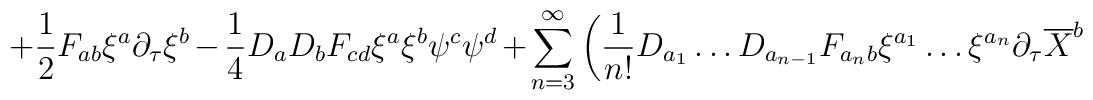
+ \frac{1}{2}F_{ab} \xi^a \partial_{\tau} \xi^b-\frac{1}{4} D_a D_b F_{cd} \xi^a\xi^b \psi^c \psi^d + \sum_{n=3}^{\infty} \left( \frac{1}{n!} D_{a_1} \ldots D_{a_{n-1}}F_{{a_n}b} \xi^{a_1} \ldots \xi^{a_n} \partial_{\tau} \overline{X}^b\right.